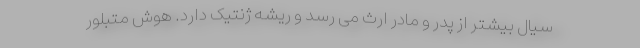
سیال بیشتر از پدر و مادر ارث می رسد و ریشه ژنتیک دارد. هوش متبلور